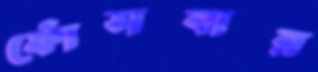
ফোঁসবার